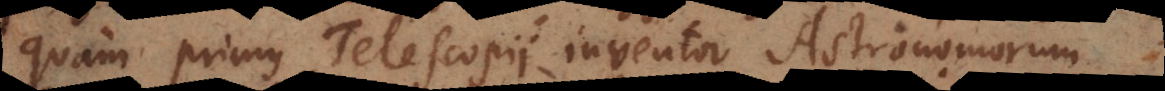
quam primus Telescopii inventor Astronomorum